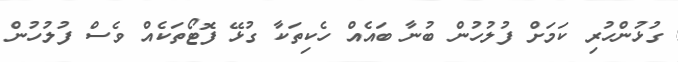
ގުޅުންހުރި ކަމަށް ފުލުހުން ބުނާ ބައެއް ހެކިތަކާ ގުޅޭ ފޮޓޯތަކެއް ވެސް ފުލުހުން